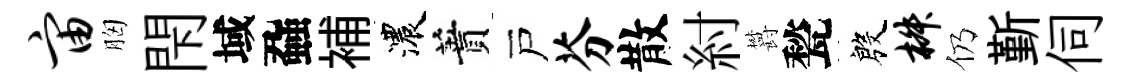
宙胸閇域蝨補濃蕡戸芬散紂欝甃殷椒仍斳伺